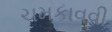
ચમકાવવી